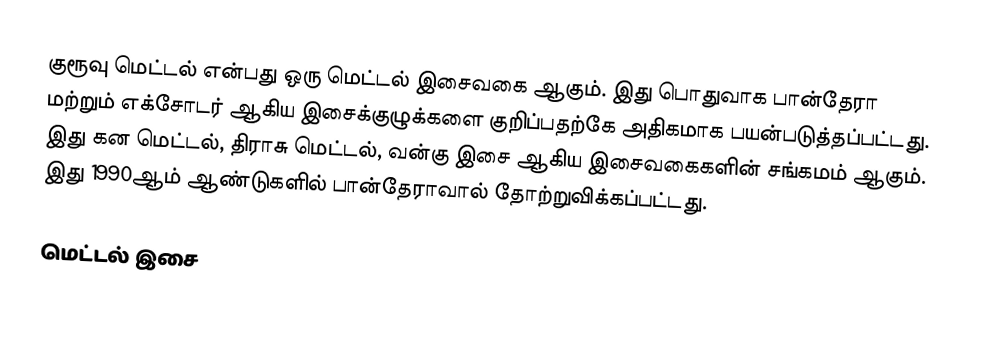
குரூவு மெட்டல் என்பது ஒரு மெட்டல் இசைவகை ஆகும். இது பொதுவாக பான்தேரா மற்றும் எக்சோடர் ஆகிய இசைக்குழுக்களை குறிப்பதற்கே அதிகமாக பயன்படுத்தப்பட்டது. இது கன மெட்டல், திராசு மெட்டல், வன்கு இசை ஆகிய இசைவகைகளின் சங்கமம் ஆகும். இது 1990ஆம் ஆண்டுகளில் பான்தேராவால் தோற்றுவிக்கப்பட்டது.

மெட்டல் இசை